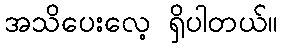
အသိပေးလေ့ ရှိပါတယ်။